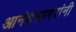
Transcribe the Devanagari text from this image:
आनंदसागरांनी